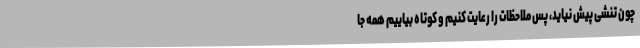
چون تنشی پیش نیاید، پس ملاحظات را رعایت کنیم و کوتاه بیاییم همه جا